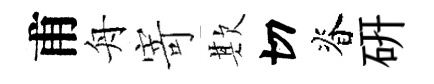
甫舟寄欺切脊硏